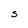
Character: S